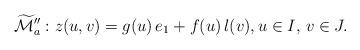
LaTeX: \begin{align*} \widetilde{\mathcal{M}}''_a: z(u,v) = g(u) \,e_1 + f(u)\, l(v), u \in I, \, v \in J.\end{align*}